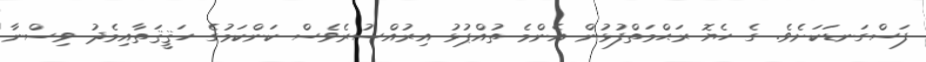
ފަސްގަނޑަކަށެވެ. ގެ ހެޔޮ ރަޙްމަތްފުޅުން އެންމެ ތުއްޕުޅު އިރުއްސުރެވެސް ކަންކަމުގެ ހަޤީޤަތާއިމެދު ވިސްނާ